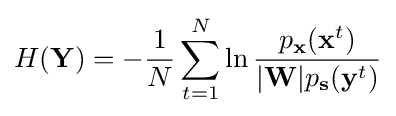
H(\mathbf {Y} )=-{\frac {1}{N}}\sum _{t=1}^{N}\ln {\frac {p_{\mathbf {x} }(\mathbf {x} ^{t})}{|\mathbf {W} |p_{\mathbf {s} }(\mathbf {y} ^{t})}}